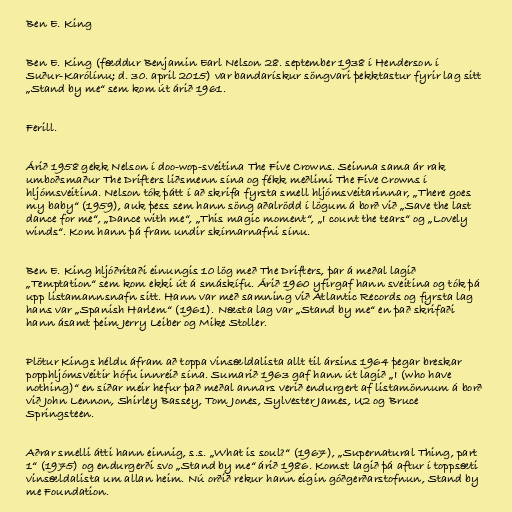
Ben E. King

Ben E. King (fæddur Benjamin Earl Nelson 28. september 1938 í Henderson í
Suður-Karólínu; d. 30. april 2015) var bandarískur söngvari þekktastur fyrir lag sitt
„Stand by me“ sem kom út árið 1961.

Ferill.

Árið 1958 gekk Nelson í doo-wop-sveitina The Five Crowns. Seinna sama ár rak
umboðsmaður The Drifters liðsmenn sína og fékk meðlimi The Five Crowns í
hljómsveitina. Nelson tók þátt í að skrifa fyrsta smell hljómsveitarinnar, „There goes
my baby“ (1959), auk þess sem hann söng aðalrödd í lögum á borð við „Save the last
dance for me“, „Dance with me“, „This magic moment“, „I count the tears“ og „Lovely
winds“. Kom hann þá fram undir skírnarnafni sínu.

Ben E. King hljóðritaði einungis 10 lög með The Drifters, þar á meðal lagið
„Temptation“ sem kom ekki út á smáskífu. Árið 1960 yfirgaf hann sveitina og tók þá
upp listamannsnafn sitt. Hann var með samning við Atlantic Records og fyrsta lag
hans var „Spanish Harlem“ (1961). Næsta lag var „Stand by me“ en það skrifaði
hann ásamt þeim Jerry Leiber og Mike Stoller.

Plötur Kings héldu áfram að toppa vinsældalista allt til ársins 1964 þegar breskar
popphljómsveitir hófu innreið sína. Sumarið 1963 gaf hann út lagið „I (who have
nothing)“ en síðar meir hefur það meðal annars verið endurgert af listamönnum á borð
við John Lennon, Shirley Bassey, Tom Jones, Sylvester James, U2 og Bruce
Springsteen.

Aðrar smelli átti hann einnig, s.s. „What is soul?“ (1967), „Supernatural Thing, part
1“ (1975) og endurgerði svo „Stand by me“ árið 1986. Komst lagið þá aftur í toppsæti
vinsældalista um allan heim. Nú orðið rekur hann eigin góðgerðarstofnun, Stand by
me Foundation.